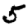
Digit: 5